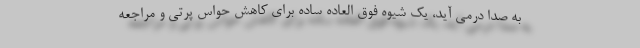
به صدا درمی آید، یک شیوه فوق العاده ساده برای کاهش حواس پرتی و مراجعه